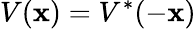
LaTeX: V(\mathbf{x})=V^{*}(-\mathbf{x})